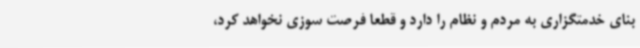
بنای خدمتگزاری به مردم و نظام را دارد و قطعا فرصت سوزی نخواهد کرد،